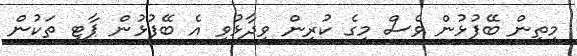
މިތިން ބޭފުޅުން ވެސް މީގެ ކުރިން ވިދާޅުވީ އެ ބޭފުޅުން ޕާޓީ ތަކުން